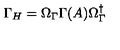
\Gamma _ { H } = \Omega _ { \Gamma } \Gamma ( A ) \Omega _ { \Gamma } ^ { \dagger }